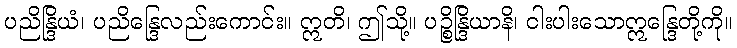
ပညိန္ဒြိယံ၊ ပညိန္ဒြေလည်းကောင်း။ ဣတိ၊ ဤသို့။ ပဉ္စိန္ဒြိယာနိ၊ ငါးပါးသောဣန္ဒြေတို့ကို။